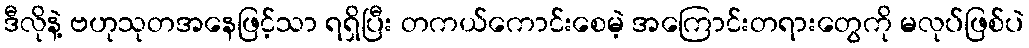
ဒီလိုနဲ့ ဗဟုသုတအနေဖြင့်သာ ရရှိပြီး တကယ်ကောင်းစေမဲ့ အကြောင်းတရားတွေကို မလုပ်ဖြစ်ပဲ